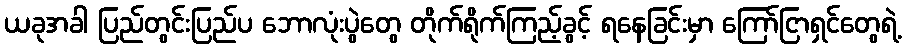
ယခုအခါ ပြည်တွင်းပြည်ပ ဘောလုံးပွဲတွေ တိုက်ရိုက်ကြည့်ခွင့် ရနေခြင်းမှာ ကြော်ငြာရှင်တွေရဲ့